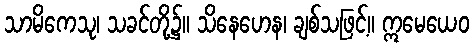
သာမိကေသု၊ သခင်တို့၌။ သိနေဟေန၊ ချစ်သဖြင့်။ ဣမေယေဝ